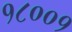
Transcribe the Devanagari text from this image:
१८००१